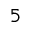
5